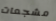
مشجعات